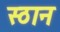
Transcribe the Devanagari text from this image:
स्ठान